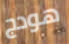
هودج